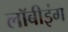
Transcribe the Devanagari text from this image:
लॉबीइंग